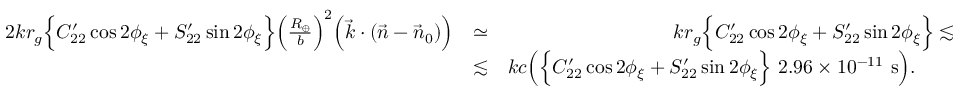
\begin{array} { r l r } { 2 k r _ { g } \Big \{ C _ { 2 2 } ^ { \prime } \cos 2 \phi _ { \xi } + S _ { 2 2 } ^ { \prime } \sin 2 \phi _ { \xi } \Big \} \Big ( \frac { R _ { \oplus } } { b } \Big ) ^ { 2 } \Big ( { \vec { k } } \cdot ( { \vec { n } } - { \vec { n } } _ { 0 } ) \Big ) } & { \simeq } & { k r _ { g } \Big \{ C _ { 2 2 } ^ { \prime } \cos 2 \phi _ { \xi } + S _ { 2 2 } ^ { \prime } \sin 2 \phi _ { \xi } \Big \} \lesssim } \\ & { \lesssim } & { k c \Big ( \Big \{ C _ { 2 2 } ^ { \prime } \cos 2 \phi _ { \xi } + S _ { 2 2 } ^ { \prime } \sin 2 \phi _ { \xi } \Big \} ~ 2 . 9 6 \times 1 0 ^ { - 1 1 } ~ \mathrm { s } \Big ) . ~ ~ ~ ~ ~ ~ } \end{array}